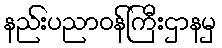
နည်းပညာဝန်ကြီးဌာနမှ